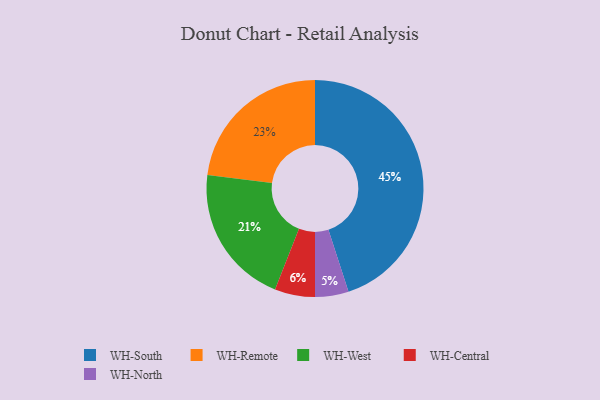
{"axis": {"x": "Category", "y": "Percentage"}, "legend": ["WH-Central", "WH-North", "WH-Remote", "WH-South", "WH-West"], "data": [{"x": "WH-South", "y": 45, "type": "WH-South"}, {"x": "WH-Remote", "y": 23, "type": "WH-Remote"}, {"x": "WH-Central", "y": 6, "type": "WH-Central"}, {"x": "WH-North", "y": 5, "type": "WH-North"}, {"x": "WH-West", "y": 21, "type": "WH-West"}]}